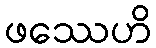
ဖဿေဟိ